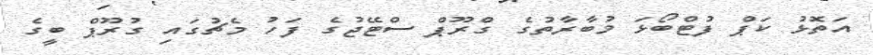
އަތޮޅު ކަޕް ފުޓްބޯޅަ މުބާރާތުގެ ގްރޫޕް ސްޓޭޖުގެ ފަހު މެޗުގައި ގުރޫޕް ބީގެ